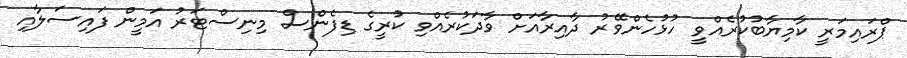
ޕްރައިމަރީ ކާމިޔާބުކުރެއްވީ ހުޅުހެންވޭރު ދާއިރާއަށް ވާދަކުރެއްވި ކުރީގެ ޑިފެންސް މިނިސްޓަރު އަމީން ފައިސަލާއި